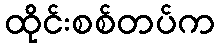
ထိုင်းစစ်တပ်က